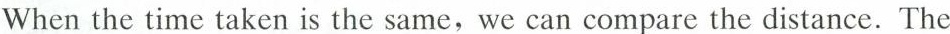
When the time taken is the same, we can compare the distance.The